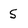
Character: 5